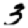
Digit: 3